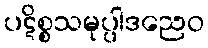
ပဋိစ္စသမုပ္ပါဒညေဝ